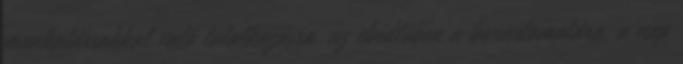
munkatársakkal való találkozásra, az ebédlőben a borautomatára, a nap